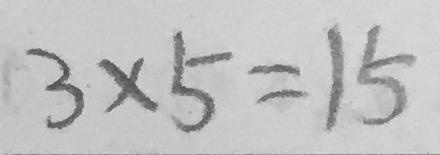
3 \times 5 = 1 5